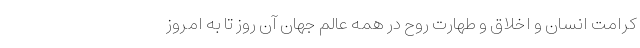
کرامت انسان و اخلاق و طهارت روح در همه عالم جهان آن روز تا به امروز